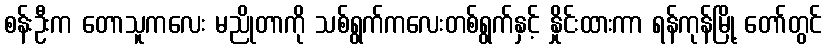
စန်းဦးက တောသူကလေး မညိုတာကို သစ်ရွက်ကလေးတစ်ရွက်နှင့် နှိုင်းထားကာ ရန်ကုန်မြို့ တော်တွင်